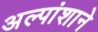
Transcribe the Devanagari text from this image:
अल्पांशाने